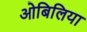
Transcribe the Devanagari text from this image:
ओबिलिया